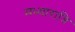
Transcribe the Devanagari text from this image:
मध्यारात्रि